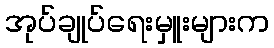
အုပ်ချုပ်ရေးမှူးများက